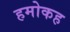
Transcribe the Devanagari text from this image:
हमोकह